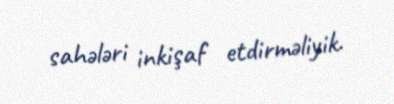
sahələri inkişaf etdirməliyik.